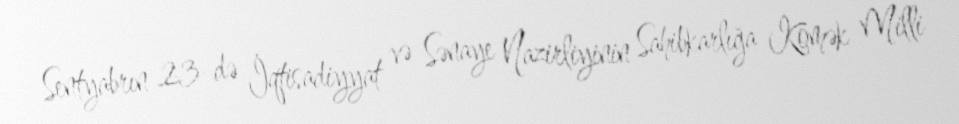
Sentyabrın 23-də İqtisadiyyat və Sənaye Nazirliyinin Sahibkarlığa Kömək Milli